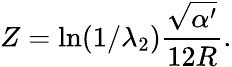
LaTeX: Z=\ln(1/{\lambda_{2}}){\frac{\sqrt{\alpha^{\prime}}}{12R}}.